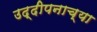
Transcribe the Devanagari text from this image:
उद्दीपनाच्या